Indian journal of veterinary science and animal husbandry - Volumes 22-23, 1952-1953
Year: 1952
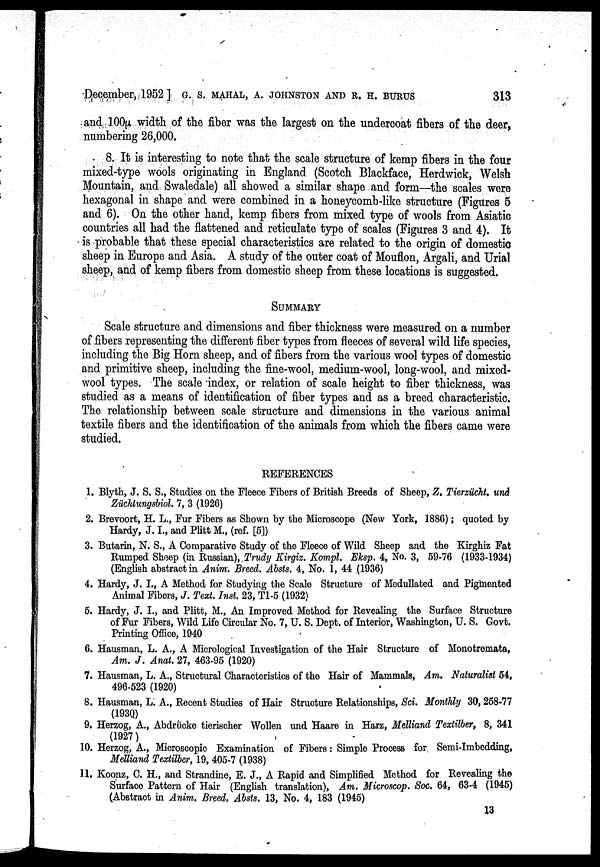
December, 1952 ] G. S. MAHAL, A. JOHNSTON AND R. H. BURUS 313
and 100µ width of the fiber was the largest on the undercoat fibers of the deer,
numbering 26,000.
8. It is interesting to note that the scale structure of kemp fibers in the four
mixed-type wools originating in England (Scotch Blackface, Herdwick, Welsh
Mountain, and Swaledale) all showed a similar shape and form—the scales were
hexagonal in shape and were combined in a honeycomb-like structure (Figures 5
and 6). On the other hand, kemp fibers from mixed type of wools from Asiatic
countries all had the flattened and reticulate type of scales (Figures 3 and 4). It
is probable that these special characteristics are related to the origin of domestic
sheep in Europe and Asia. A study of the outer coat of Mouflon, Argali, and Urial
sheep, and of kemp fibers from domestic sheep from these locations is suggested.
SUMMARY
Scale structure and dimensions and fiber thickness were measured on a number
of fibers representing the different fiber types from fleeces of several wild life species,
including the Big Horn sheep, and of fibers from the various wool types of domestic
and primitive sheep, including the fine-wool, medium-wool, long-wool, and mixed-
wool types. The scale index, or relation of scale height to fiber thickness, was
studied as a means of identification of fiber types and as a breed characteristic.
The relationship between scale structure and dimensions in the various animal
textile fibers and the identification of the animals from which the fibers came were
studied,
REFERENCES
1. Blyth, J. S. S., Studies on the Fleece Fibers of British Breeds of Sheep, Z. Tierzücht. und
Züchtungsbiol. 7, 3 (1926)
2. Brevoort, H. L., Fur Fibers as Shown by the Microscope (New York, 1886) ; quoted by
Hardy, J. I., and Plitt M., (ref. [5])
3. Butarin, N. S., A Comparative Study of the Fleece of Wild Sheep and the Kirghiz Fat
Rumped Sheep (in Russian), Trudy Kirgiz. Kompl. Eksp. 4, No. 3, 59-76 (1933-1934)
(English abstract in Anim. Breed. Absts. 4, No. 1, 44 (1936)
4. Hardy, J. I., A Method for Studying the Scale Structure of Medullated and Pigmented
Animal Fibers, J. Text. Inst. 23, T1-5 (1932)
5. Hardy, J. I., and Plitt, M., An Improved Method for Revealing the Surface Structure
of Fur Fibers, Wild Life Circular No. 7, U. S. Dept. of Interior, Washington, U. S. Govt.
Printing Office, 1940
6. Hausman, L. A., A Micrological Investigation of the Hair Structure of Monotremata,
Am. J. Anal. 27, 463-95 (1920)
7. Hausman, L. A., Structural Characteristics of the Hair of Mammals, Am. Naturalist 54,
496-523 (1920)
8. Hausman, L. A., Recent Studies of Hair Structure Relationships, Sci. Monthly 30, 258-77
(1930)
9. Herzog, A., Abdrücke tierischer Wollen und Haare in Harz, Melliand Textilber, 8, 341
(1927)
10. Herzog, A., Microscopic Examination of Fibers : Simple Process for Semi-Imbedding,
Melliand Textilber, 19, 405-7 (1938)
11. Koonz, C. H., and Strandine, E. J., A Rapid and Simplified Method for Revealing the
Surface Pattern of Hair (English translation), Am. Microscop. Soc. 64, 63-4 (1945)
(Abstract in Anim. Breed, Absts. 13, No. 4, 183 (1945)
13